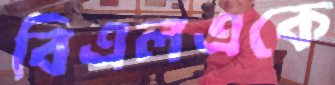
বিএলএকে